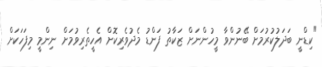
"ކިޑްނީ ބަދަލުކުރުމަށް ބޭނުންވާ މީހުންނަށް ޒަކާތު ފަންޑު މެދުވެރިކޮށް އެހީތެރިވުމަށް ނިންމީ މިފަހަކަށް